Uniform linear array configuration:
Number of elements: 12
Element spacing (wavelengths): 1
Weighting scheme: exponential
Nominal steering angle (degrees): -60
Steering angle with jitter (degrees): -58.324
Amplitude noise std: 0.05
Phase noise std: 0.05

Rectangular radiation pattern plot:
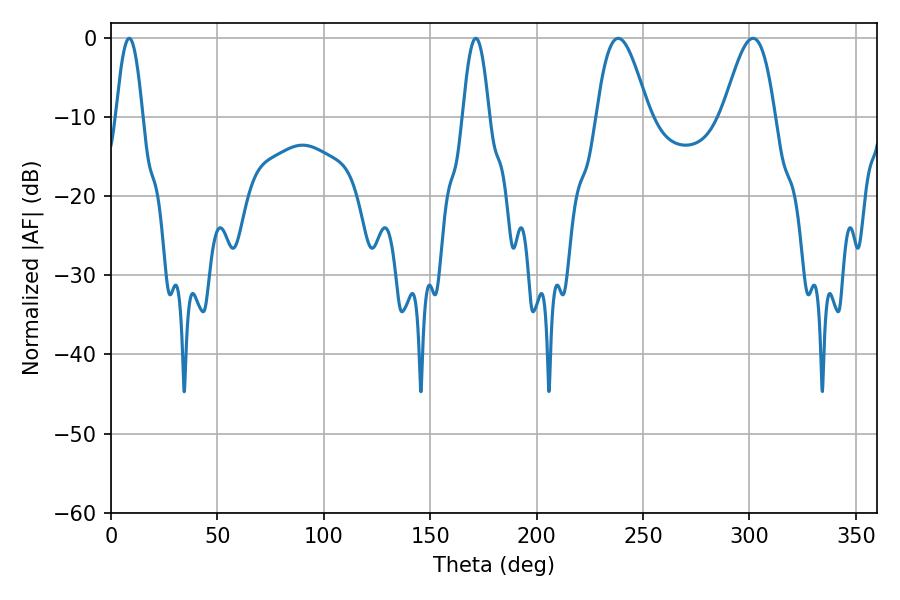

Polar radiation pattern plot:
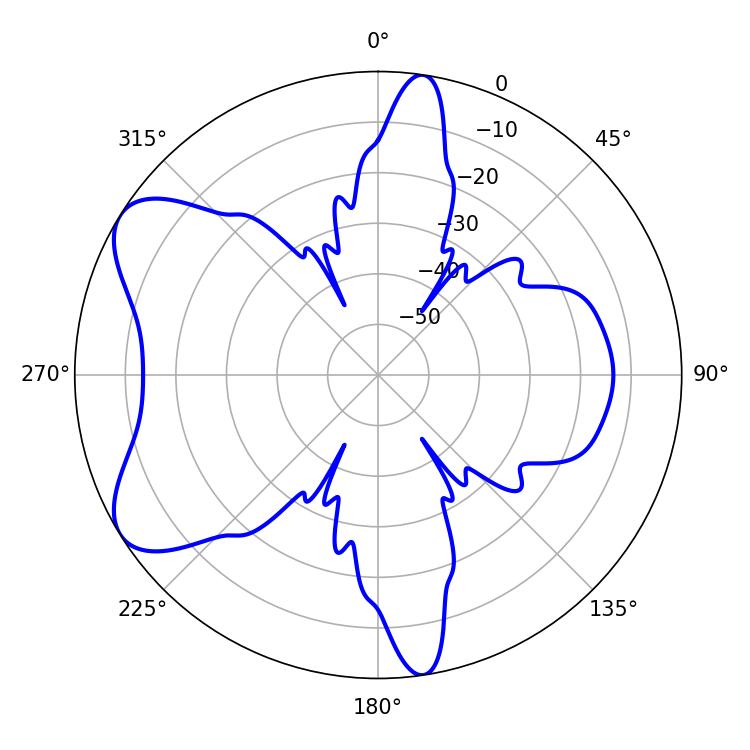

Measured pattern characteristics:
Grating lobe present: TRUE
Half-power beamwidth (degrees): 13.14
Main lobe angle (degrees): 238.32